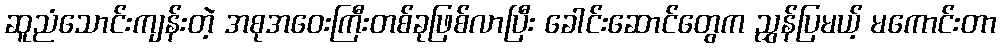
ဆူညံသောင်းကျန်းတဲ့ အစုအဝေးကြီးတစ်ခုဖြစ်လာပြီး ခေါင်းဆောင်တွေက ညွှန်ပြမယ့် မကောင်းတာ